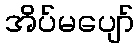
အိပ်မပျော်